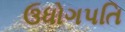
ઉધોગપતિ